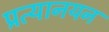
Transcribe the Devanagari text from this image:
प्रत्यानयन